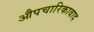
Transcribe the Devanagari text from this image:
औपचारिकावाद